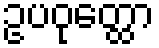
ဥပဝုတ္ထော